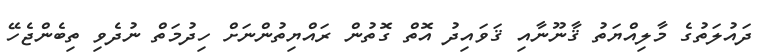
ދައުލަތުގެ މާލިއްޔަތު ޤާނޫނާއި ޤަވައިދު އޮތް ގޮތުން ރައްޔިތުންނަށް ހިދުމަތް ނުދެވި ތިބެންޖެހޭ